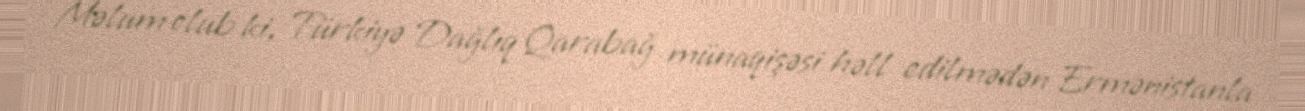
Məlum olub ki, Türkiyə Dağlıq Qarabağ münaqişəsi həll edilmədən Ermənistanla